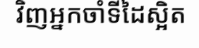
វិញអ្នកចាំទីដៃស្អិត